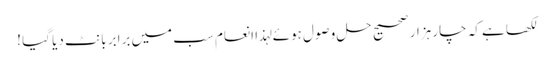
لکھا ہے کہ چار ہزار صحیح حل وصول ہوئے لہذا انعام سب میں برابر بانٹ دیا گیا !